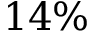
1 4 \%